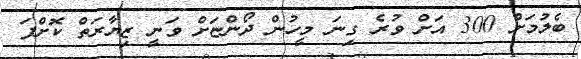
ބެލުމަށް 300 އަށް ވުރެ ގިނަ މީހުން ދޯންޏަށް ވަނީ ޒިޔާރަތް ކޮށްފަ